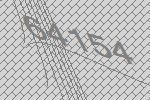
64154